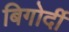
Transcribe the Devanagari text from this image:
बिगोर्दी